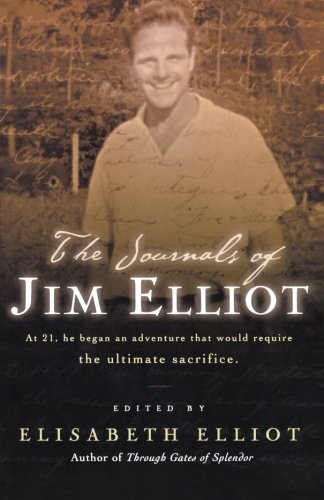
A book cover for The Journals of Jim Elliot; Jim Elliot; Christian Books & Bibles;